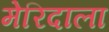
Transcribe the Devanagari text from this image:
मेरिदाला